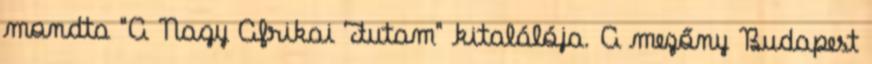
mondta "A Nagy Afrikai Futam" kitalálója. A mezőny Budapest